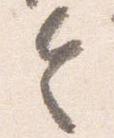
令